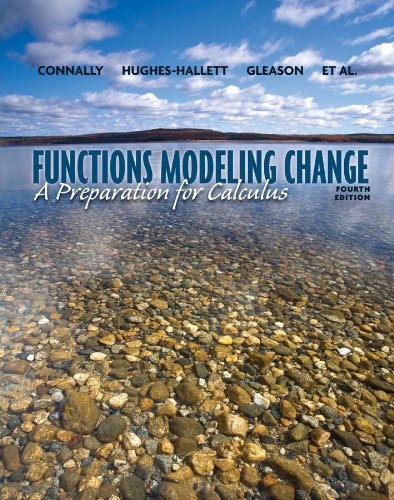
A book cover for Functions Modeling Change: A Preparation for Calculus; Eric Connally; Science & Math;